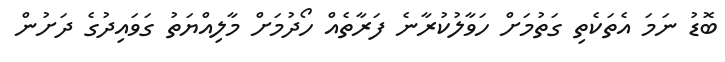
ބޮޑު ނަމަ އެތަކެތި ގަތުމަށް ހަވާލުކުރާނެ ފަރާތެއް ހޯދުމަށް މާލިއްޔަތު ގަވައިދުގެ ދަށުން